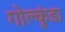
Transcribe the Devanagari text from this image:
गोल्कुंडा